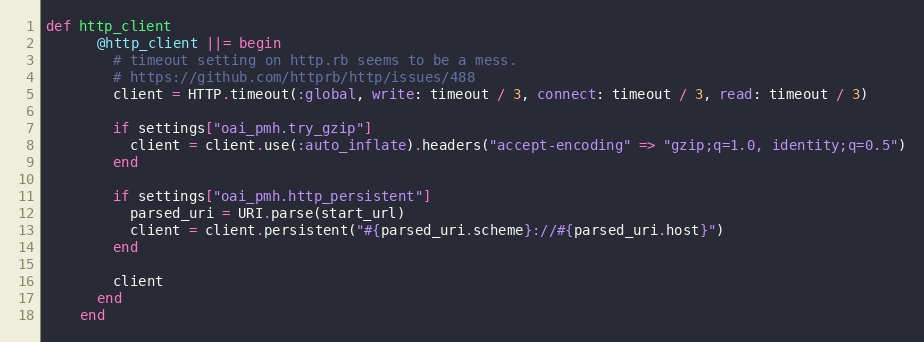
Language: Ruby
def http_client
      @http_client ||= begin
        # timeout setting on http.rb seems to be a mess.
        # https://github.com/httprb/http/issues/488
        client = HTTP.timeout(:global, write: timeout / 3, connect: timeout / 3, read: timeout / 3)

        if settings["oai_pmh.try_gzip"]
          client = client.use(:auto_inflate).headers("accept-encoding" => "gzip;q=1.0, identity;q=0.5")
        end

        if settings["oai_pmh.http_persistent"]
          parsed_uri = URI.parse(start_url)
          client = client.persistent("#{parsed_uri.scheme}://#{parsed_uri.host}")
        end

        client
      end
    end